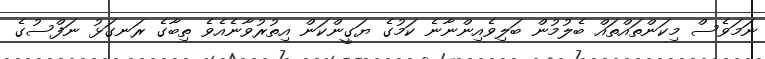
ނަމަވެސް މިކަންތައްތައް ބެލުމުން ބަލިވެއިންނާނެ ކަމުގެ ޔަގީންކަން އިތުރުވާނެއެވެ ތިބާގެ ރަނގަޅު ނަފްސުގެ